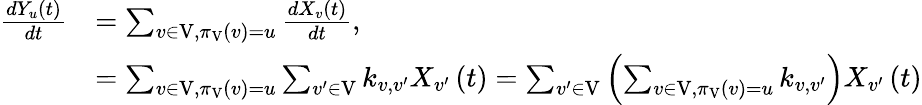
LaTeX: \begin{array}{rl}{\frac{dY_{u}\left(t\right)}{dt}}&{=\sum_{v\in\mathrm{V},\pi_{\mathrm{V}}\left(v\right)=u}\frac{dX_{v}\left(t\right)}{dt},}\\ &{=\sum_{v\in\mathrm{V},\pi_{\mathrm{V}}\left(v\right)=u}\sum_{v^{\prime}\in\mathrm{V}}k_{v,v^{\prime}}X_{v^{\prime}}\left(t\right)=\sum_{v^{\prime}\in\mathrm{V}}\left(\sum_{v\in\mathrm{V},\pi_{\mathrm{V}}\left(v\right)=u}k_{v,v^{\prime}}\right)X_{v^{\prime}}\left(t\right)}\end{array}